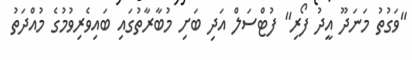
"ވަގުތު މަނަދޫ އީދު ފޯރި" ފުޓްސަލް އަދި ބަށި މުބާރާތުގައި ބައިވެރިވުމުގެ މުއްދަތު